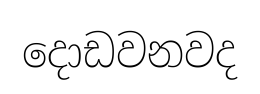
දොඩවනවද